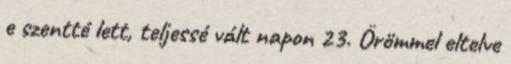
e szentté lett, teljessé vált napon 23. Örömmel eltelve